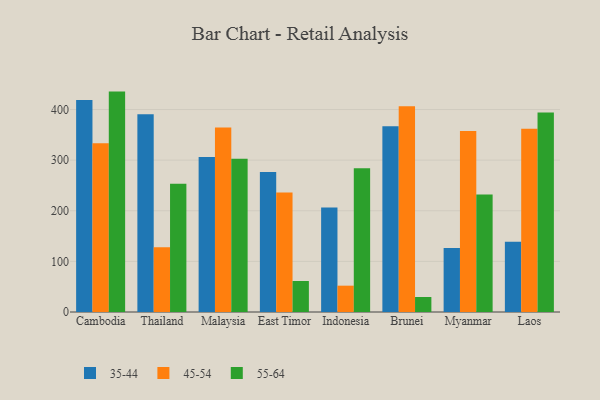
{"axis": {"x": "Country", "y": "Active Users"}, "legend": ["35-44", "45-54", "55-64"], "data": [{"x": "Cambodia", "y": 419.0, "type": "35-44"}, {"x": "Cambodia", "y": 333.4, "type": "45-54"}, {"x": "Cambodia", "y": 435.4, "type": "55-64"}, {"x": "Thailand", "y": 390.7, "type": "35-44"}, {"x": "Thailand", "y": 127.7, "type": "45-54"}, {"x": "Thailand", "y": 253.4, "type": "55-64"}, {"x": "Malaysia", "y": 306.3, "type": "35-44"}, {"x": "Malaysia", "y": 364.6, "type": "45-54"}, {"x": "Malaysia", "y": 302.6, "type": "55-64"}, {"x": "East Timor", "y": 276.5, "type": "35-44"}, {"x": "East Timor", "y": 236.1, "type": "45-54"}, {"x": "East Timor", "y": 61.2, "type": "55-64"}, {"x": "Indonesia", "y": 206.5, "type": "35-44"}, {"x": "Indonesia", "y": 52.0, "type": "45-54"}, {"x": "Indonesia", "y": 284.0, "type": "55-64"}, {"x": "Brunei", "y": 367.0, "type": "35-44"}, {"x": "Brunei", "y": 406.3, "type": "45-54"}, {"x": "Brunei", "y": 29.6, "type": "55-64"}, {"x": "Myanmar", "y": 126.2, "type": "35-44"}, {"x": "Myanmar", "y": 357.5, "type": "45-54"}, {"x": "Myanmar", "y": 232.3, "type": "55-64"}, {"x": "Laos", "y": 139.0, "type": "35-44"}, {"x": "Laos", "y": 361.8, "type": "45-54"}, {"x": "Laos", "y": 394.1, "type": "55-64"}]}